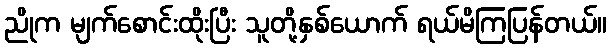
ညိုက မျက်စောင်းထိုးပြီး သူတို့နှစ်ယောက် ရယ်မိကြပြန်တယ်။